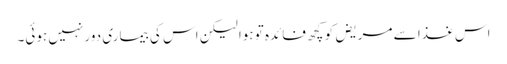
اس غذا سے مریض کو کچھ فائدہ تو ہوا لیکن اس کی بیماری دور نہیں ہوئی۔